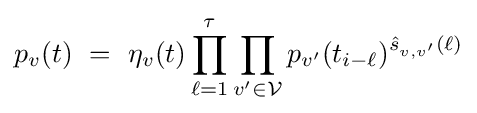
p_{v}(t)~=~\eta _{v}(t)\prod _{\ell =1}^{\tau }\prod _{v^{\prime }\in {\mathcal {V}}}p_{v^{\prime }}(t_{i-\ell })^{{\hat {s}}_{v,v^{\prime }}(\ell )}